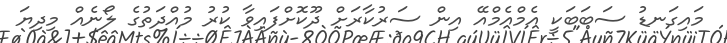
މައިގަނޑު ސަބަބަކީ އެމްއެމްއޭ އިން ސަރުކާރަށް ދޫކޮށްފައިވާ ކުރު މުއްދަތުގެ ލޯނެއް މިދިޔަ